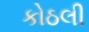
કોઠલી